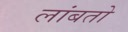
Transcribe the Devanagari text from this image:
लांबतो